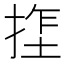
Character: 𫽏